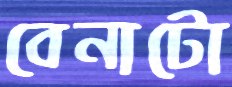
বেনাটো